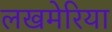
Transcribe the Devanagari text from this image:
लखमेरिया